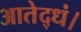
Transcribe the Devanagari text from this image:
आतेद्धं।